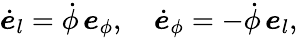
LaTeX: \dot{\boldsymbol{e}}_{l}=\dot{\phi}\, \boldsymbol{e}_{\phi},~~~~\dot{\boldsymbol{e}}_{\phi}=-\dot{\phi}\, \boldsymbol{e}_{l},